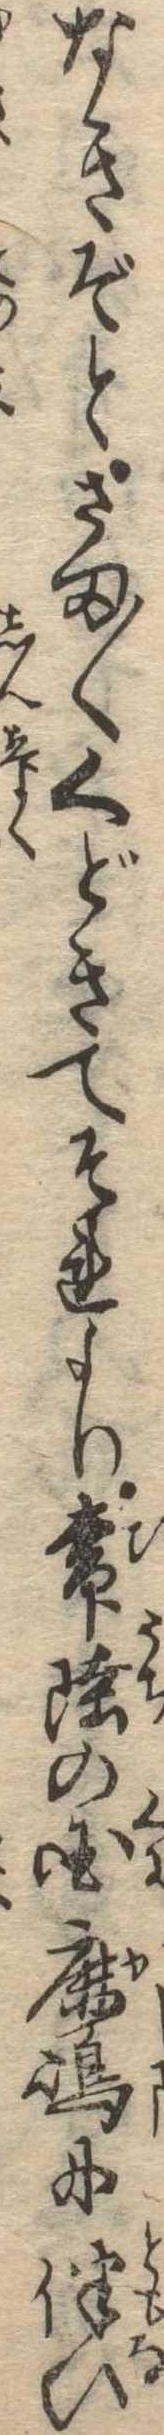
なきぞとさま〱くどきてそれより常陸の国鹿島に伴ひ